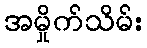
အမှိုက်သိမ်း